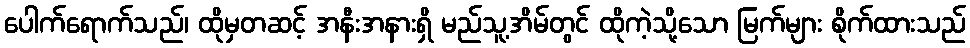
ပေါက်ရောက်သည်၊ ထိုမှတဆင့် အနီးအနားရှိ မည်သူ့အိမ်တွင် ထိုကဲ့သို့သော မြက်များ စိုက်ထားသည်